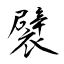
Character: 襞